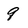
Character: 9